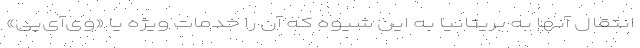
انتقال آنها به بریتانیا به این شیوه که آن را خدمات ویژه یا «وی‌آی‌پی»